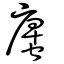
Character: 螷